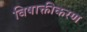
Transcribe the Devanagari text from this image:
विषाक्तीकरण